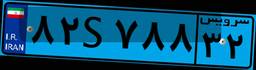
۹۶S۹۳۸۵۱